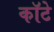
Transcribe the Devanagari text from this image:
कॉटे